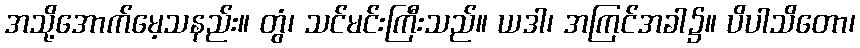
အသို့အောက်မေ့သနည်း။ တွံ၊ သင်မင်းကြီးသည်။ ယဒါ၊ အကြင်အခါ၌။ ပိပါသိတော၊